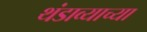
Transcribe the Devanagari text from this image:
थंडाव्याच्या